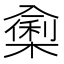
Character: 𭁁